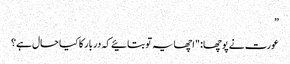
”
عورت نے پوچھا: "اچھا یہ تو بتائیے کہ دربار کا کیا حال ہے؟